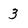
Character: 3